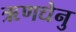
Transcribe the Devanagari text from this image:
ऋणधेनु